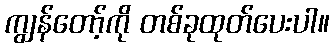
ကျွန်တော့်ကို တစ်ခုထုတ်ပေးပါ။